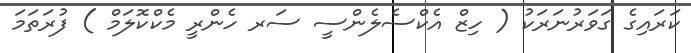
ކަރައިގެ ގަވަރުނަރަކު ( ހިޒް އެކްސެލެންސީ ސަރ ހެންރީ މެކްކޮލަމް ) ފުރަތަމަ